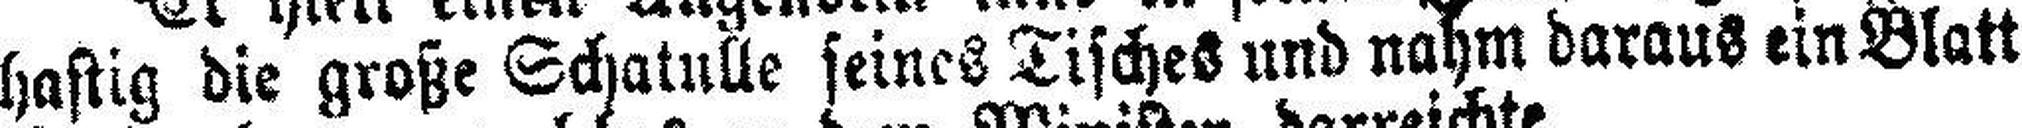
hastig die große Schatulle seines Tisches und nahm daraus ein Blatt